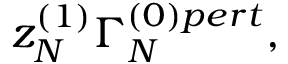
z _ { N } ^ { ( 1 ) } \Gamma _ { N } ^ { ( 0 ) p e r t } ,